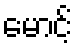
မောင့်